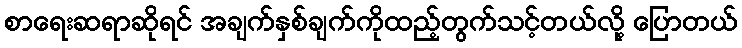
စာရေးဆရာဆိုရင် အချက်နှစ်ချက်ကိုထည့်တွက်သင့်တယ်လို့ ပြောတယ်